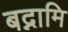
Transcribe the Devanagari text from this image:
बद्नामि